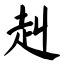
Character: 赳